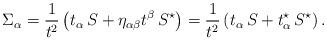
LaTeX: \begin{align*}\Sigma_{\alpha}= {1\over t^2}\left(t_{\alpha}\,S + \eta_{\alpha\beta}t^\beta\,S^\star\right)={1\over t^2}\left(t_{\alpha}\,S + t^\star_\alpha\,S^\star\right).\end{align*}